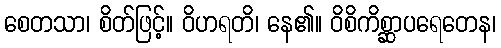
စေတသာ၊ စိတ်ဖြင့်။ ဝိဟရတိ၊ နေ၏။ ဝိစိကိစ္ဆာပရေတေန၊